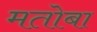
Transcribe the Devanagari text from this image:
मतोबा